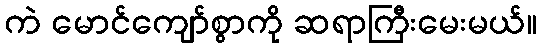
ကဲ မောင်ကျော်စွာကို ဆရာကြီးမေးမယ်။